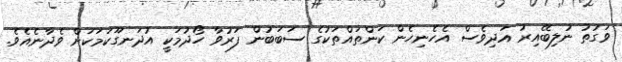
ވަގުތު ނުލިބޭއިރު އަދިވެސް އެހެނިހެން ކަންތައްތަކުގެ ސަބަބުން ފަރުވާ ހޯދުމަކީ އުދަނގޫކަމަކަށް ވެދާނެއެވެ.